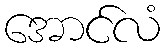
အောင်လံ